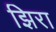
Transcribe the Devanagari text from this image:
झिरा